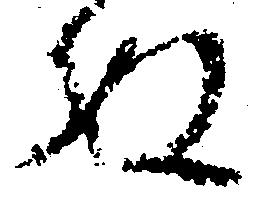
ぬ